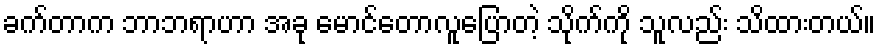
ခက်တာက ဘာဘရာဟာ အခု မောင်တောလူပြောတဲ့ သိုက်ကို သူလည်း သိထားတယ်။